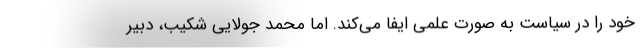
خود را در سیاست به صورت علمی ایفا می‌کند. اما محمد جولایی شکیب، دبیر